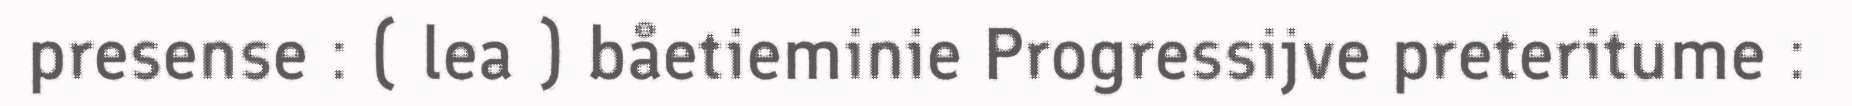
presense : ( lea ) båetieminie Progressijve preteritume :